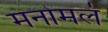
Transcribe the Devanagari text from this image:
मनोमलं